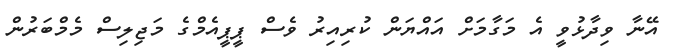
އޭނާ ވިދާޅުވީ އެ މަގާމަށް އައްޔަން ކުރިއިރު ވެސް ޕީޕީއެމްގެ މަޖިލިސް މެމްބަރުން